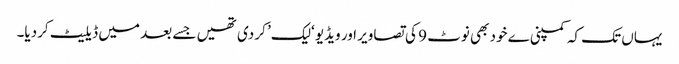
یہاں تک کہ کمپنی ے خود بھی نوٹ 9 کی تصاویر اور ویڈیو ‘لیک’ کر دی تھیں جسے بعد میں ڈیلیٹ کردیا۔